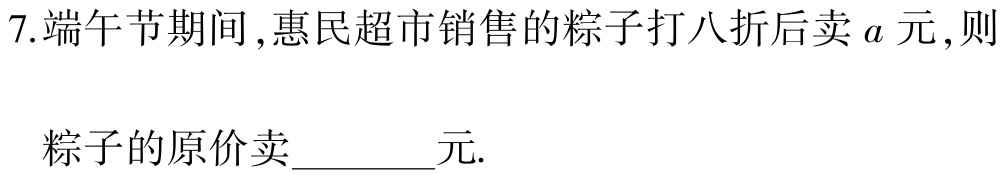
7.端午节期间,惠民超市销售的粽子打八折后卖\(a\)元,则

粽子的原价卖______元.